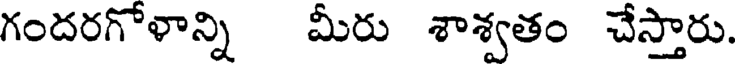
గందరగోళాన్ని మీరు శాశ్వతం చేస్తారు.